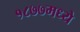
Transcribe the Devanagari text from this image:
१८७७मध्ये